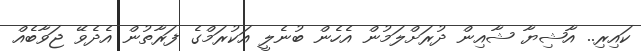
ކައިރި.. އާޝިޔާ ޝާއިން ދުރަށްލަމުން އެހެން ބުނެލީ އަކުރަމްގެ ފަރާތުން އެދެވޭ ޖަވާބެއް